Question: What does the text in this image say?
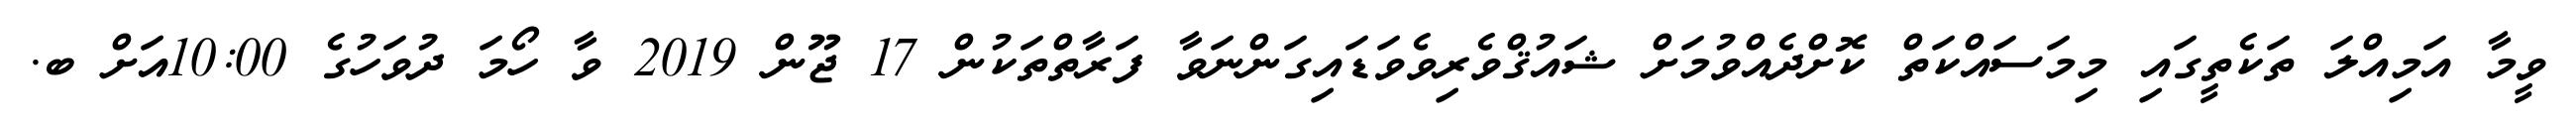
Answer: ވީމާ އަމިއްލަ ތަކެތީގައި މިމަސައްކަތް ކޮށްދެއްވުމަށް ޝައުޤްވެރިވެވަޑައިގަންނަވާ ފަރާތްތަކުން 17 ޖޫން 2019 ވާ ހޯމަ ދުވަހުގެ 10:00އަށް ބ.